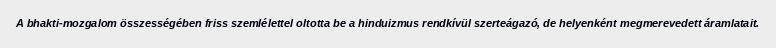
A bhakti-mozgalom összességében friss szemlélettel oltotta be a hinduizmus rendkívül szerteágazó, de helyenként megmerevedett áramlatait.